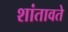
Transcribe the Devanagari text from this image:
शांतावते